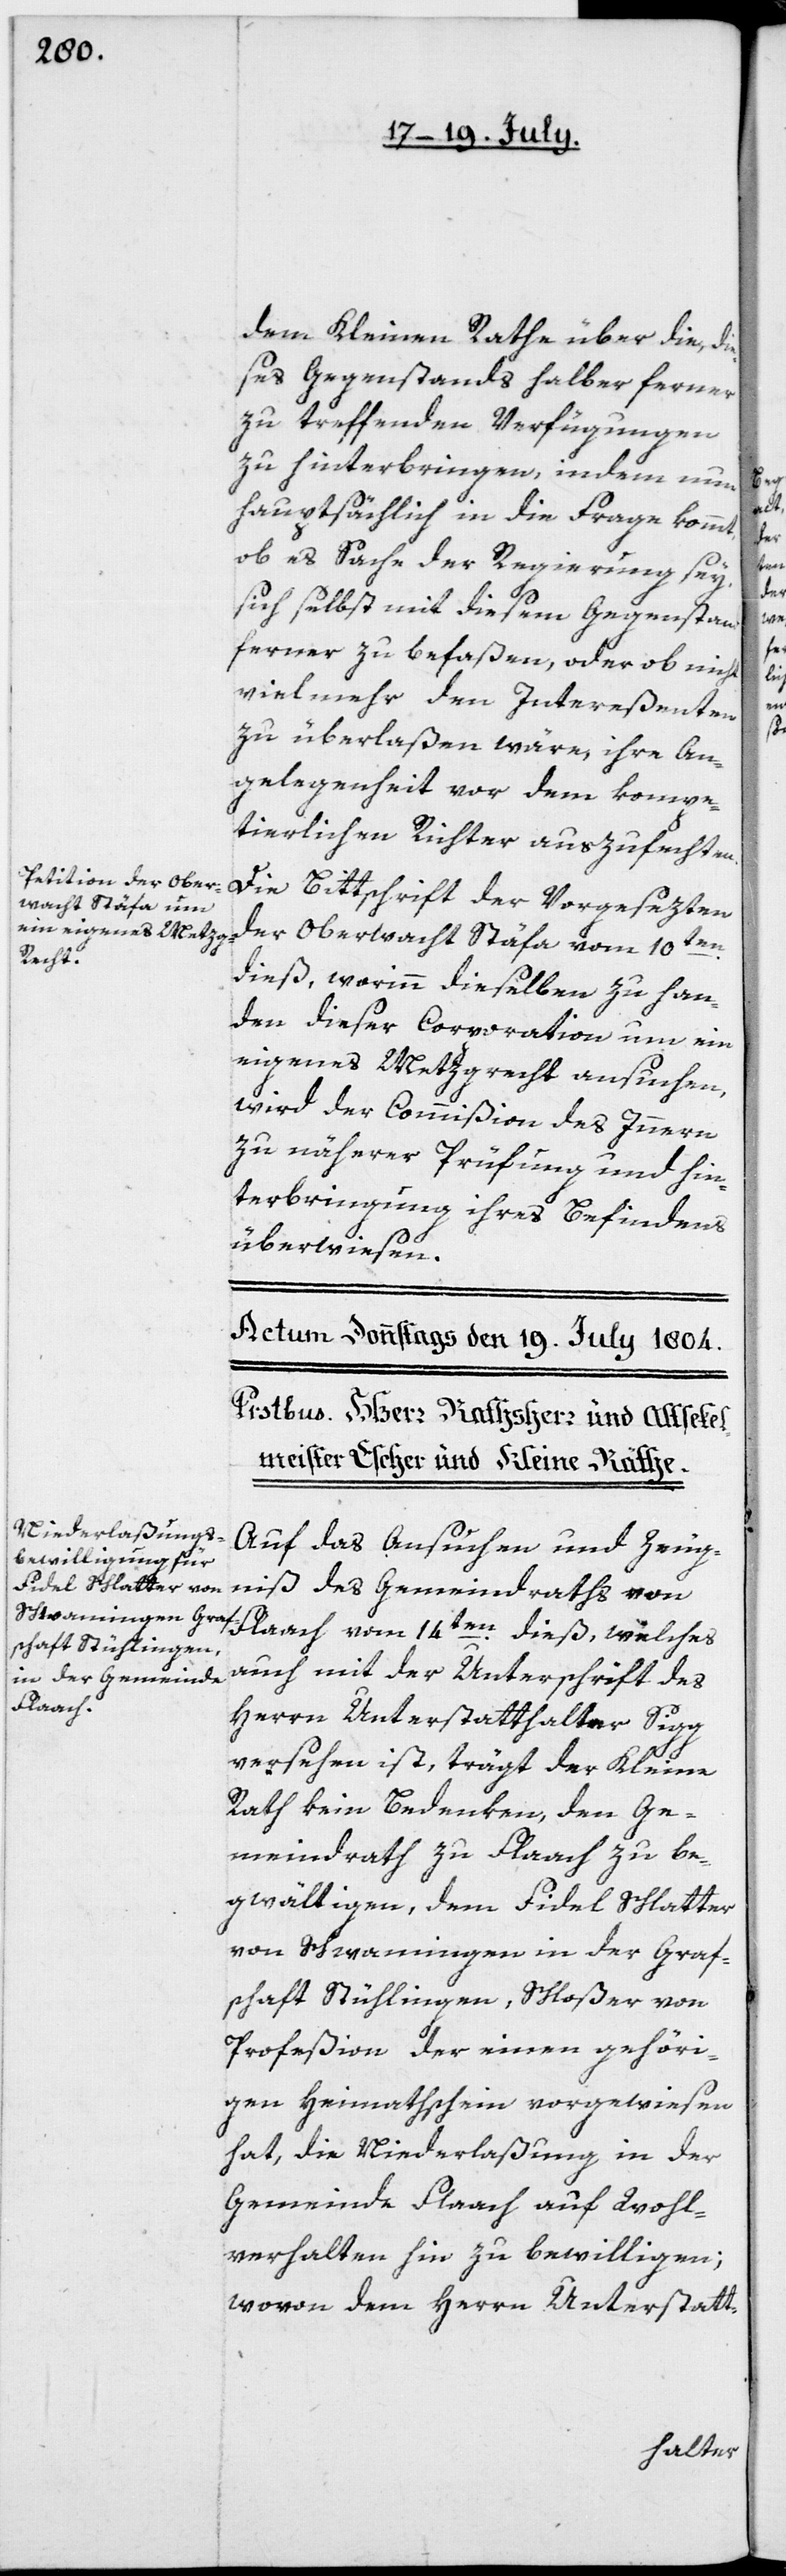
dem Kleinen Rathe über die, die¬
ses Gegenstands halber ferner
zu treffenden Verfügungen
zu hinterbringen, indem nun
hauptsächlich in die Frage kommt,
ob es Sache der Regierung sey,
sich selbst mit diesem Gegenstand
ferner zu befaßen, oder ob nicht
vielmehr den Intereßenten
zu überlaßen wäre, ihre An¬
gelegenheit vor dem kompe¬
tierlichen Richter auszufechten.
Die Bittschrift der Vorgesezten
der Oberwacht Stäfa vom 10ten
dieß, worinn dieselben zu Han¬
den dieser Corporation um ein
eigenes Metzgrecht ansuchen,
wird der Commißion des Innern
zu näherer Prüfung und Hin¬
terbringung ihres Befindens
überwiesen.
Auf das Ansuchen und Zeug¬
niß des Gemeindraths von
Flaach vom 14ten dieß, welches
auch mit der Unterschrift des
Herrn Unterstatthalter Sigg
versehen ist, trägt der Kleine
Rath kein Bedenken, den Ge¬
meindrath zu Flaach zu be¬
gwältigen, den Fidel Schlatter
von Schwamingen in der Graf¬
schaft Stühlingen, Schloßer von
Profeßion, der einen gehöri¬
gen Heimathschein vorgewiesen
hat, die Niederlaßung in der
Gemeinde Flaach auf Wohl¬
verhalten hin zu bewilligen;
wovon dem Herrn Unterstatt-